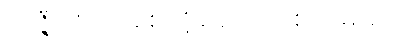
လဇ္ဇီပုဂ္ဂိုလ် စောင့်ရှောက်ရစ်လိမ့်မယ်,